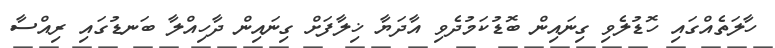
ހާލަތެއްގައި ހޮޑުލެވި ގިނައިން ބޮޑުކަމުދެވި އާދަޔާ ޚިލާފަށް ގިނައިން ދާހިއްލާ ބަނޑުގައި ރިއްސާ